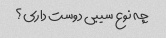
چه نوع سیبی دوست داری؟